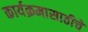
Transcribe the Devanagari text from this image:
कार्यक्रमासाठीचे